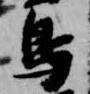
鳥